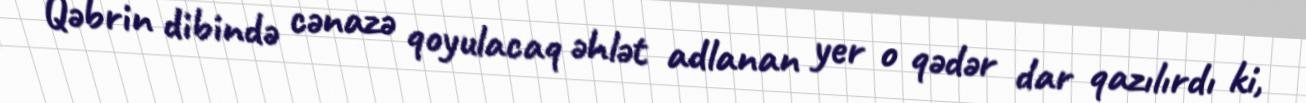
Qəbrin dibində cənazə qoyulacaq əhlət adlanan yer o qədər dar qazılırdı ki,